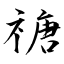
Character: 禟